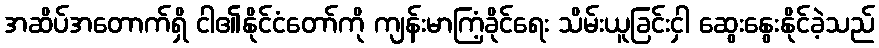
အဆိပ်အတောက်ရှိ ငါ၏နိုင်ငံတော်ကို ကျန်းမာကြံ့ခိုင်ရေး သိမ်းယူခြင်းငှါ ဆွေးနွေးနိုင်ခဲ့သည်